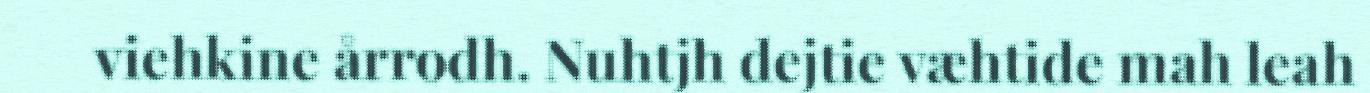
viehkine årrodh. Nuhtjh dejtie væhtide mah leah